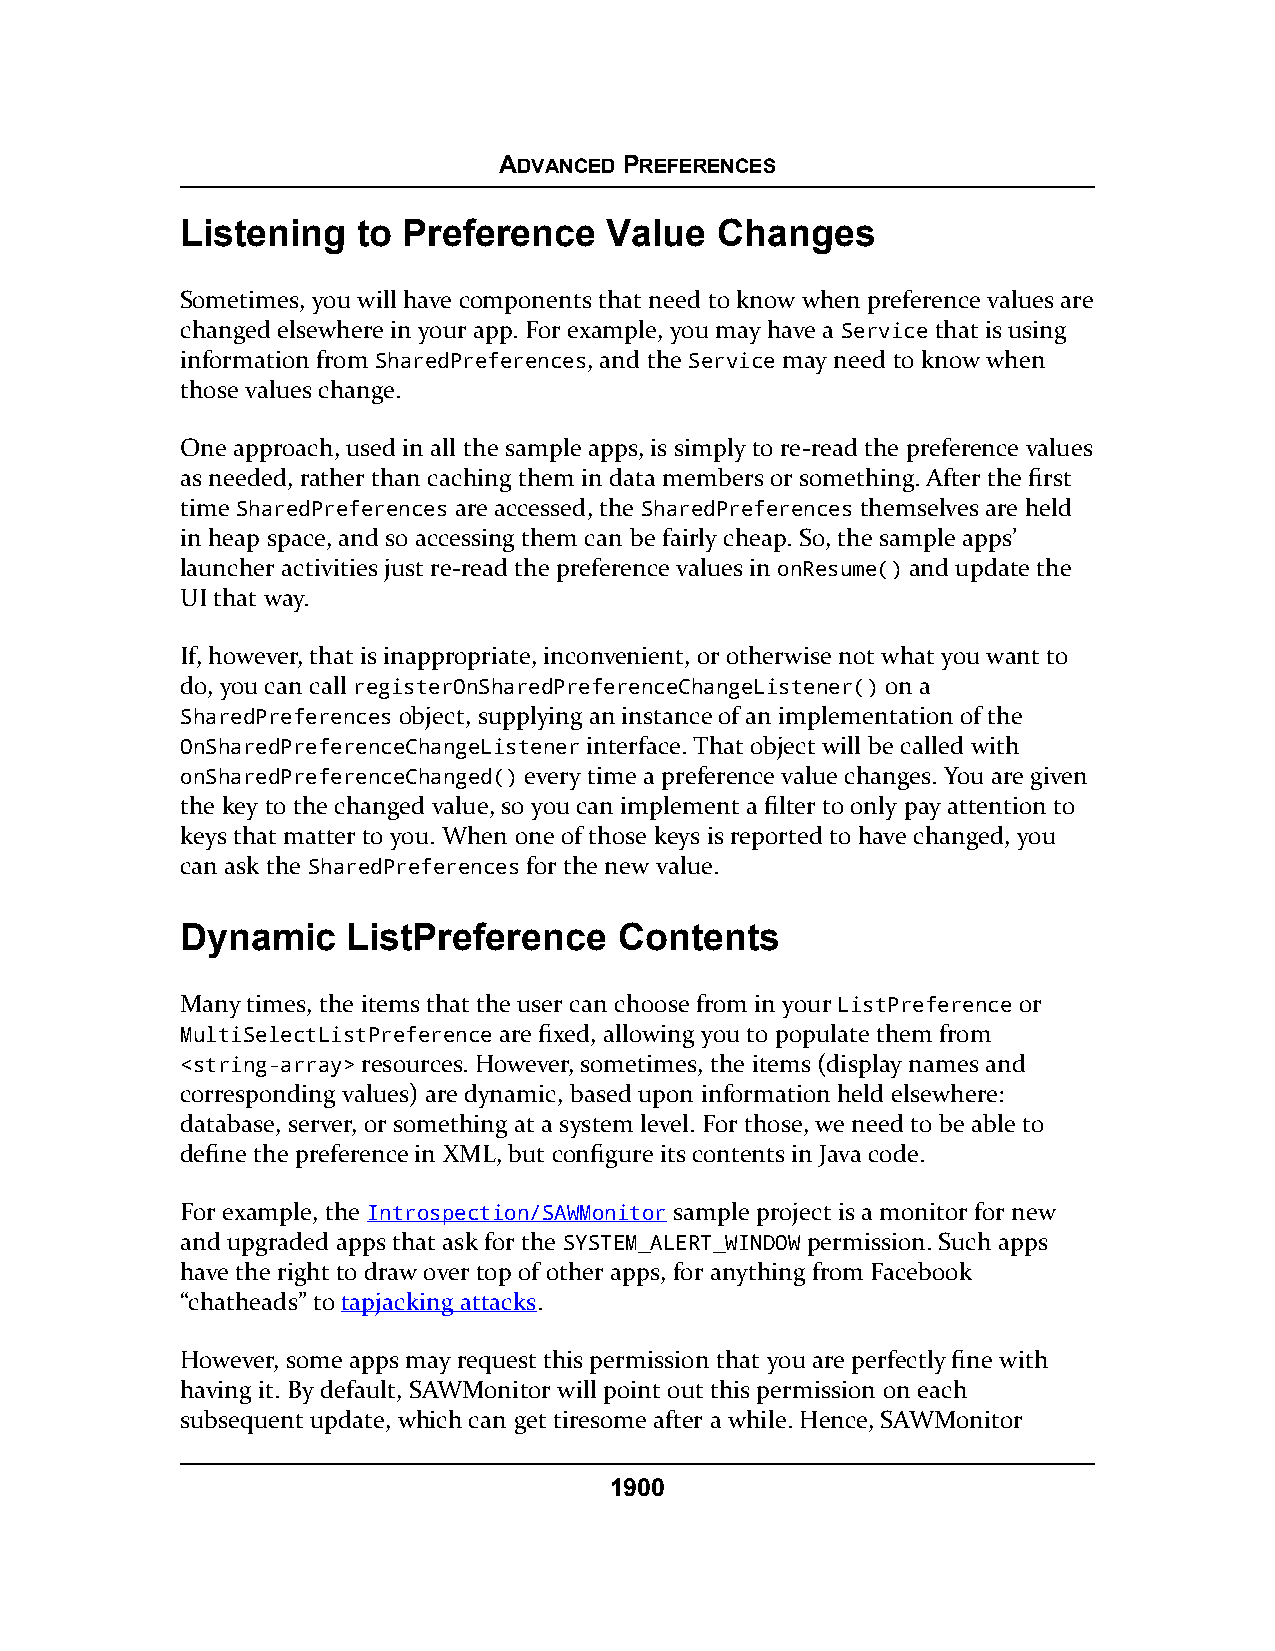
ADVANCED PREFERENCES
 Listening   to Preference   Value   Changes
 Sometimes, you will have components that need to know when preference values are
 changed elsewhere in your app. For example, you may have a Service that is using
 information from SharedPreferences, and the Service may need to know when
 those values change.
 One approach, used in all the sample apps, is simply to re-read the preference values
 as needed, rather than caching them in data members or something. After the first
 time SharedPreferences are accessed, the SharedPreferences themselves are held
 in heap space, and so accessing them can be fairly cheap. So, the sample apps’
 launcher activities just re-read the preference values in onResume() and update the
 UI that way.
 If, however, that is inappropriate, inconvenient, or otherwise not what you want to
 do, you can call registerOnSharedPreferenceChangeListener() on a
 SharedPreferences object, supplying an instance of an implementation of the
 OnSharedPreferenceChangeListener interface. That object will be called with
 onSharedPreferenceChanged() every time a preference value changes. You are given
 the key to the changed value, so you can implement a filter to only pay attention to
 keys that matter to you. When one of those keys is reported to have changed, you
 can ask the SharedPreferences for the new value.
 Dynamic    ListPreference    Contents
 Many times, the items that the user can choose from in your ListPreference or
 MultiSelectListPreference are fixed, allowing you to populate them from
 <string-array> resources. However, sometimes, the items (display names and
 corresponding values) are dynamic, based upon information held elsewhere:
 database, server, or something at a system level. For those, we need to be able to
 define the preference in XML, but configure its contents in Java code.
 For example, the Introspection/SAWMonitor sample project is a monitor for new
 and upgraded apps that ask for the SYSTEM_ALERT_WINDOW permission. Such apps
 have the right to draw over top of other apps, for anything from Facebook
 “chatheads” to tapjacking attacks.
 However, some apps may request this permission that you are perfectly fine with
 having it. By default, SAWMonitor will point out this permission on each
 subsequent update, which can get tiresome after a while. Hence, SAWMonitor
 1900